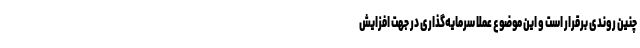
چنین روندی برقرار است و این موضوع عملا سرمایه‌گذاری در جهت افزایش